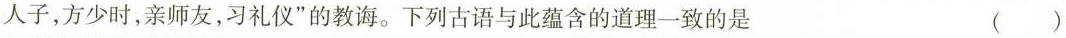
人子，方少时，亲师友，习礼仪”的教诲。下列古语与此蕴含的道理一致的是 ()